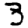
Digit: 3